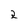
Character: 2